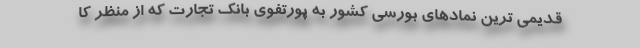
قدیمی ترین نمادهای بورسی کشور به پورتفوی بانک تجارت که از منظر کا